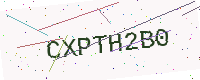
Text: CXPTH2B0